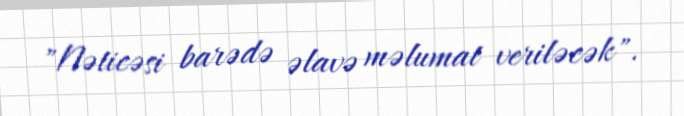
"Nəticəsi barədə əlavə məlumat veriləcək".